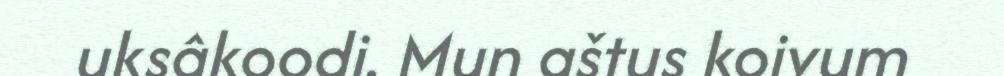
uksâkoodi. Mun aštus koivum